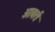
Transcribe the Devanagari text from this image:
आबर्त